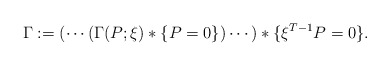
\begin{align*} \Gamma := (\cdots(\Gamma(P;\xi)*\{P=0\})\cdots)*\{\xi^{T-1}P=0\}. \end{align*}